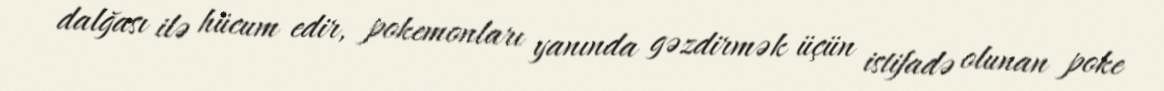
dalğası ilə hücum edir, pokemonları yanında gəzdirmək üçün istifadə olunan poke